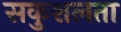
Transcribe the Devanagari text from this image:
सकुशलता